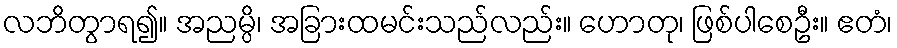
လဘိတွာရ၍။ အညမ္ပိ၊ အခြားထမင်းသည်လည်း။ ဟောတု၊ ဖြစ်ပါစေဦး။ ဧတံ၊